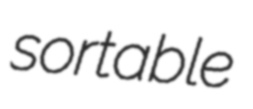
sortable